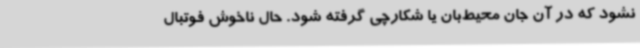
نشود که در آن جان محیط‌بان یا شکارچی گرفته شود. حال ناخوش فوتبال